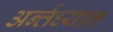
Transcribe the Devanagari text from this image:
अर्न्‍तध्‍यान